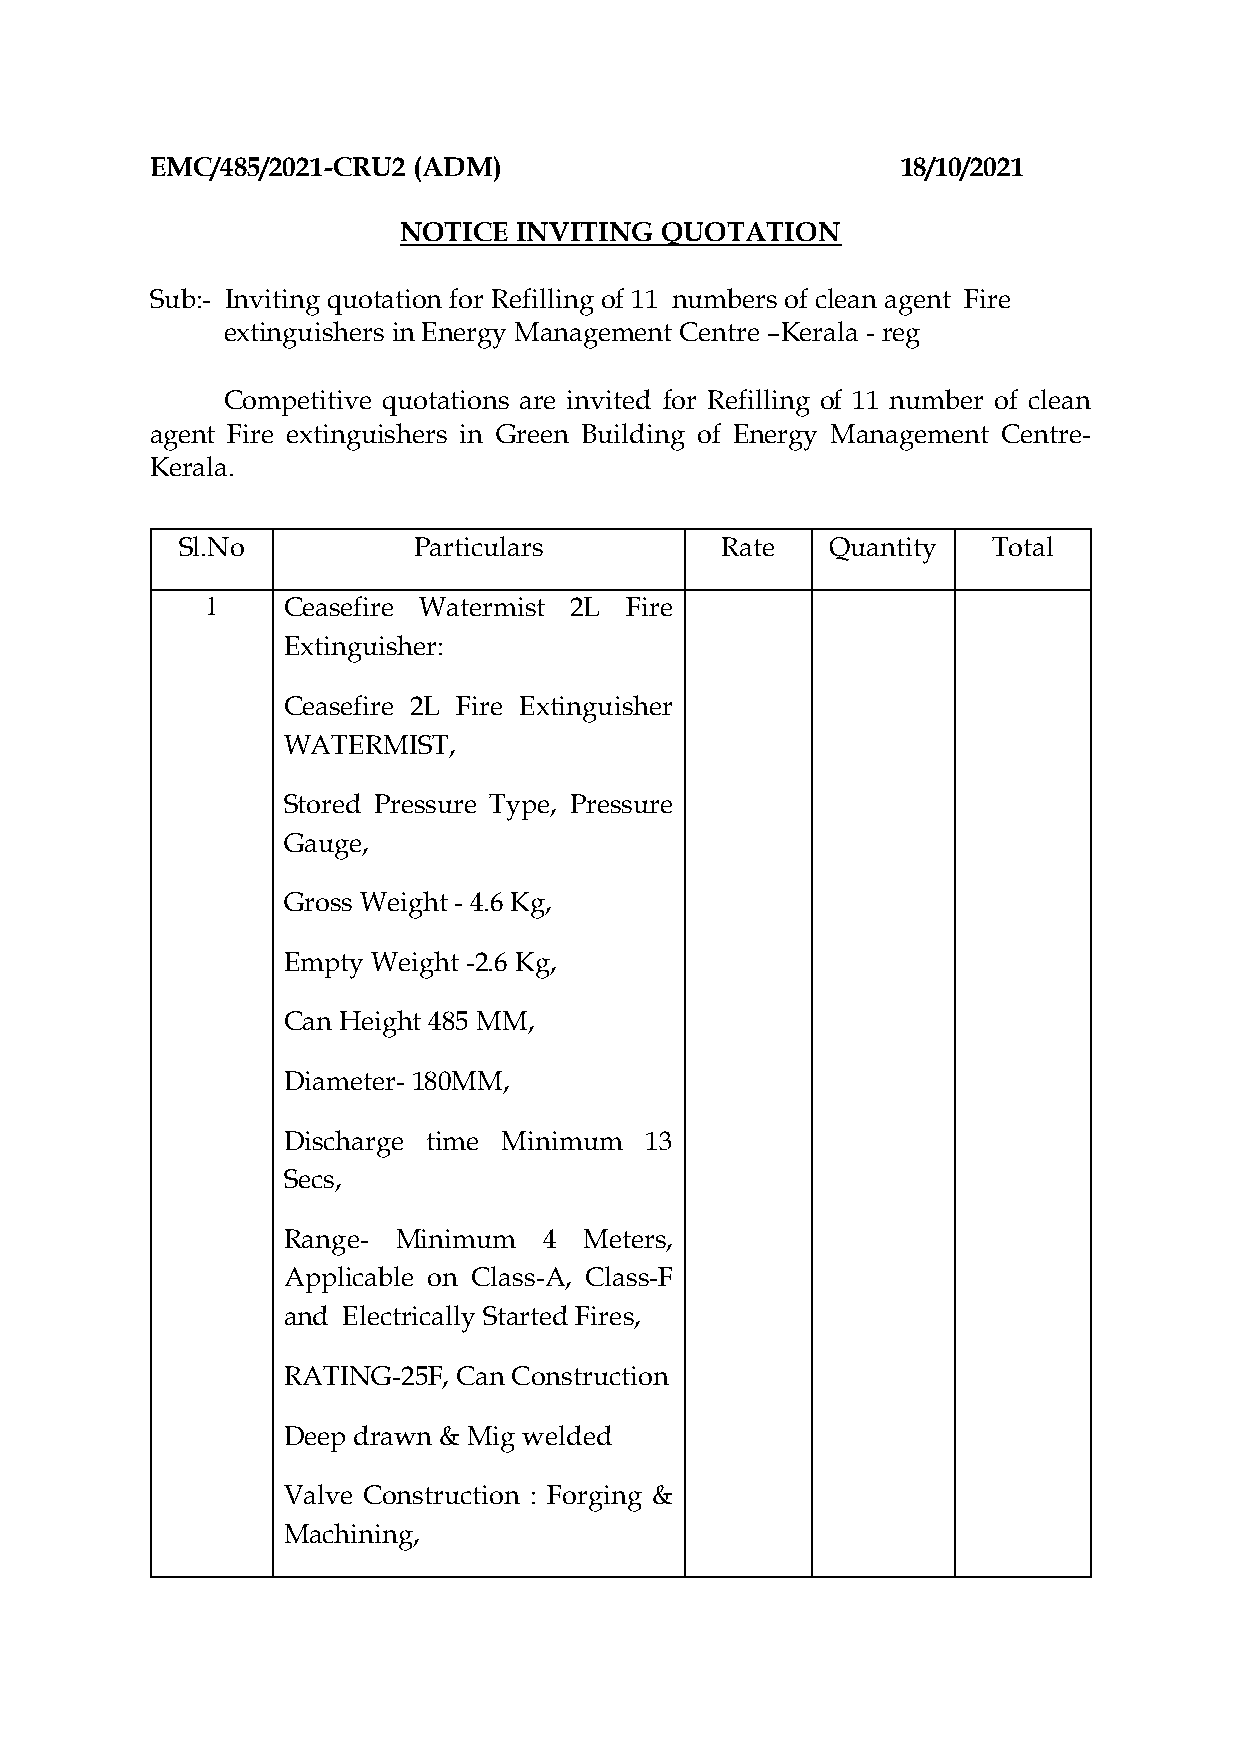
EMC/485/2021-CRU2 (ADM)                           18/10/2021
 NOTICE  INVITING  QUOTATION
 Sub:- Inviting quotation for Refilling of 11 numbers of clean agent Fire
 extinguishers in Energy Management Centre –Kerala - reg
 Competitive quotations are invited for Refilling of 11 number of clean
 agent Fire extinguishers in Green Building of Energy Management Centre-
 Kerala.
 Sl.No          Particulars          Rate   Quantity   Total
 1    Ceasefire Watermist 2L Fire
 Extinguisher:
 Ceasefire 2L Fire Extinguisher
 WATERMIST,
 Stored Pressure Type, Pressure
 Gauge,
 Gross Weight - 4.6 Kg,
 Empty Weight -2.6 Kg,
 Can Height 485 MM,
 Diameter- 180MM,
 Discharge time Minimum  13
 Secs,
 Range- Minimum   4  Meters,
 Applicable on Class-A, Class-F
 and Electrically Started Fires,
 RATING-25F, Can Construction
 Deep drawn & Mig welded
 Valve Construction : Forging &
 Machining,